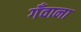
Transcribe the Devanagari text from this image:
गँवाना